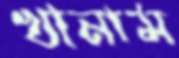
খানাম